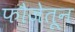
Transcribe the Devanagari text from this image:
फौजेतून